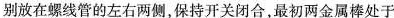
别放在螺线管的左右两侧，保持开关闭合，最初两金属棒处于